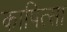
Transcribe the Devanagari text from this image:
कापित्सा